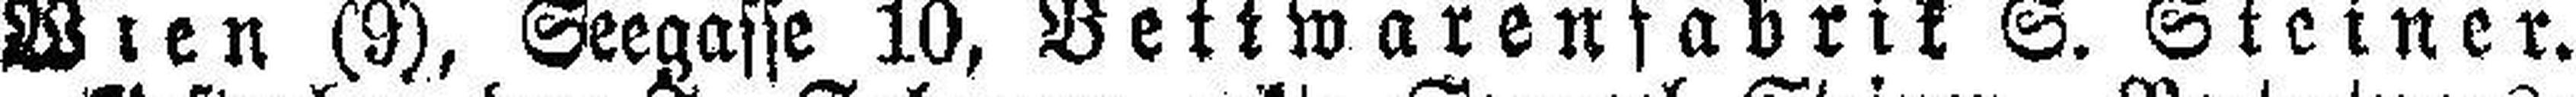
Wien (9), Seegasse 10, Bettwarenfabrik S. Steiner.